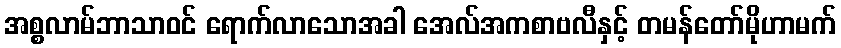
အစ္စလာမ်ဘာသာဝင် ရောက်လာသောအခါ အေလ်အကစာဗလီနှင့် တမန်တော်မိုဟာမက်